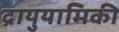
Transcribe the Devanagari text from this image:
द्रायुयामिकी